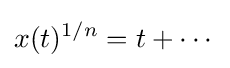
x(t)^{1/n}=t+\cdots